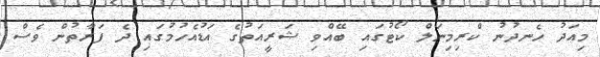
މިއަދު ހެނދުނު ކްރިމިނަލް ކޯޓުގައި ބޭއްވި ޝަރީއަތުގެ އަޑުއެހުމުގައި ދެ ފަރާތުން ވެސް